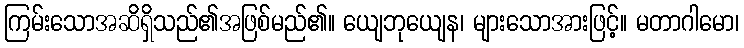
ကြမ်းသောအဆိရှိသည်၏အဖြစ်မည်၏။ ယျေဘုယျေန၊ များသောအားဖြင့်။ မတာဂါမော၊